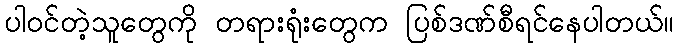
ပါဝင်တဲ့သူတွေကို တရားရုံးတွေက ပြစ်ဒဏ်စီရင်နေပါတယ်။